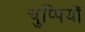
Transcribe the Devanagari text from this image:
चुप्पियों